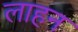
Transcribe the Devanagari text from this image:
लाहन